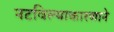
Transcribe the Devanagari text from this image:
नटविल्याकारणाने